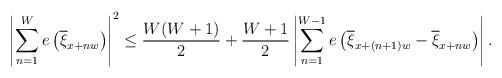
LaTeX: \begin{align*}\left| \sum_{n = 1}^W e\left(\overline{\xi}_{x + nw} \right)\right|^2 \leq \frac{W(W+1)}{2} + \frac{W+1}{2} \left| \sum_{n = 1}^{W-1} e\left(\overline{\xi}_{x + (n+1)w} - \overline{\xi}_{x + nw} \right)\right|.\end{align*}